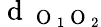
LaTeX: \mathrm{~d~}_{\mathrm{~O~}_{1}\mathrm{~O~}_{2}}